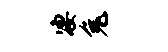
凄兔